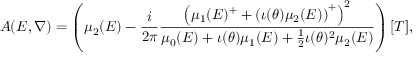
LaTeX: A ( E , \nabla ) = \left( \mu _ { 2 } ( E ) - \frac { i } { 2 \pi } \frac { \left( \mu _ { 1 } ( E ) ^ { + } + \left( \iota ( \theta ) \mu _ { 2 } ( E ) \right) ^ { + } \right) ^ { 2 } } { \mu _ { 0 } ( E ) + \iota ( \theta ) \mu _ { 1 } ( E ) + \frac { 1 } { 2 } \iota ( \theta ) ^ { 2 } \mu _ { 2 } ( E ) } \right) [ T ] ,